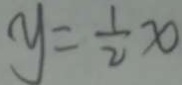
y = \frac { 1 } { 2 } x